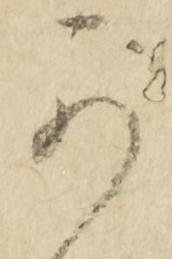
可